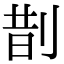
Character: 剒